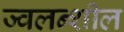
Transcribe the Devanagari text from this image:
ज्वलन्शील